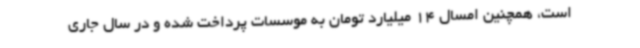
است، همچنین امسال 14 میلیارد تومان به موسسات پرداخت شده و در سال جاری